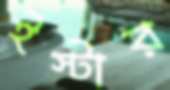
ইস্টার